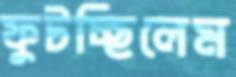
ফুটচ্ছিলেম